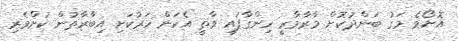
އޮށޯވެ މަގު ބަންދުކޮށް މާރާމާރީ ހިންގާފައި ވާތީ އެކަން ހަރުކަށި އިބާރާތުން ކުށްވެރި